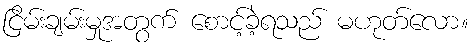
ငြိမ်းချမ်းမှုအတွက် စောင့်ခဲ့ရသည် မဟုတ်လော။